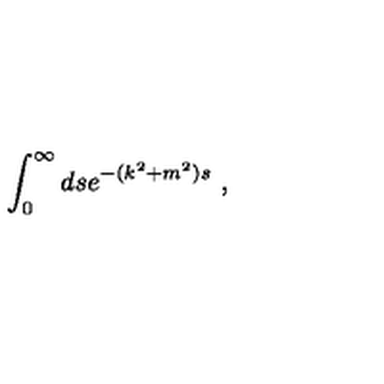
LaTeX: \int _ { 0 } ^ { \infty } d s e ^ { - ( k ^ { 2 } + m ^ { 2 } ) s } \ ,